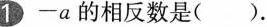
1-a的相反数是( ).